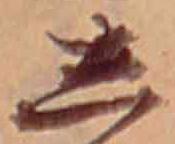
し